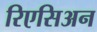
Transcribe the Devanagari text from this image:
रिएसिअन